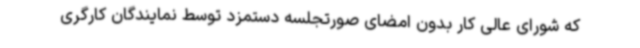
که شورای عالی کار بدون امضای صورتجلسه دستمزد توسط نمایندگان کارگری